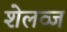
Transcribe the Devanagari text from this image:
शेलव्ज